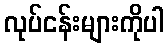
လုပ်ငန်းများကိုပါ